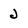
Character: J